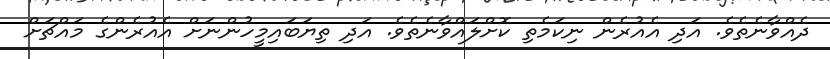
ދެއްވާނެތެވެ. އަދި އެއުރެން ނިކަމެތި ކޮށްލައްވާނެތެވެ. އަދި ތިޔަބައިމީހުންނަށް އެއުރެންގެ މައްޗަށް